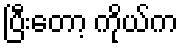
ပြီးတော့ ကိုယ်က